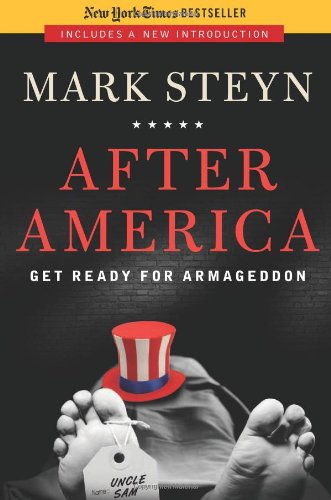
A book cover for After America: Get Ready for Armageddon; Mark Steyn; Business & Money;